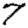
Digit: 7